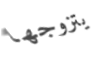
يتزوجها